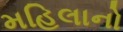
મહિલાનો